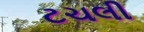
ટચલી